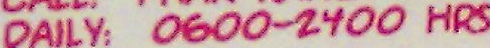
DAILY: 0600-2400 HRS